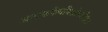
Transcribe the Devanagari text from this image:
अन्धकदैत्यविशोषकरे॥२॥